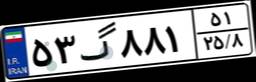
۵۳گ۸۸۱۵۱